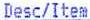
DESC/ITEM